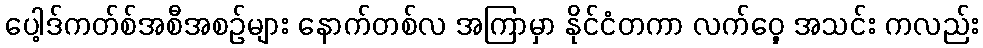
ပေါ့ဒ်ကတ်စ်အစီအစဉ်များ နောက်တစ်လ အကြာမှာ နိုင်ငံတကာ လက်ဝှေ့ အသင်း ကလည်း